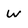
Character: w